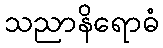
သညာနိရောဓံ